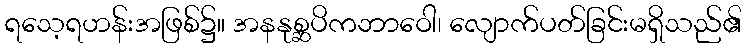
ရသေ့ရဟန်းအဖြစ်၌။ အနနုစ္ဆပိကဘာဝေါ၊ လျောက်ပတ်ခြင်းမရှိသည်၏